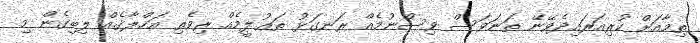
ތިމާއަށް ކުރިއަރައިދެވޭނޭ ތަނަވަސް ވިސްނުމެއް ރަނގަޅު ތަޢުލީމެއް ރިވެތި އަޚްލާޤެއް ލިބިގެން މި